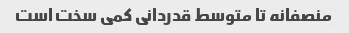
منصفانه تا متوسط قدردانی کمی سخت است